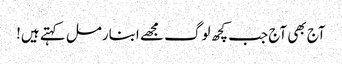
آج بھی آج جب کچھ لوگ مجھے ابنارمل کہتے ہیں!